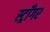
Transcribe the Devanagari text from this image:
स्ट्राँगर